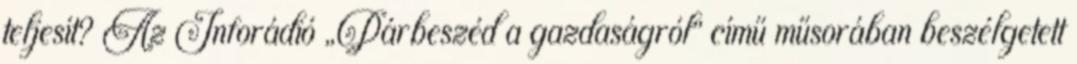
teljesít? Az Inforádió „Párbeszéd a gazdaságról” című műsorában beszélgetett